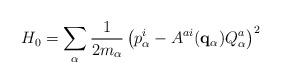
LaTeX: \begin{align*}H_0 = \sum_\alpha {1\over 2 m_\alpha}\left(p^i_\alpha-A^{ai}({\bf q}_\alpha)Q^a_\alpha\right)^2\end{align*}